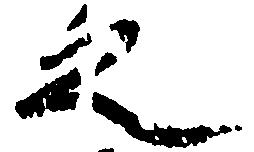
之